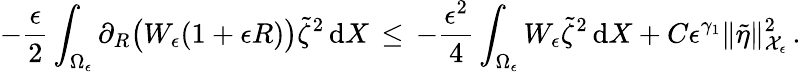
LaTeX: -\frac{\epsilon}{2}\int_{\Omega_{\epsilon}}\partial_{R}\bigl(W_{\epsilon}(1+\epsilon R)\bigr)\tilde{\zeta}^{2}\, \mathrm{d}X\, \le\, -\frac{\epsilon^{2}}{4}\int_{\Omega_{\epsilon}}W_{\epsilon}\tilde{\zeta}^{2}\, \mathrm{d}X+C\epsilon^{\gamma_{1}}\| \tilde{\eta}\| _{\mathcal{X}_{\epsilon}}^{2}\, .